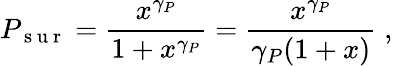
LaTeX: P_{\mathrm{~s~u~r~}}=\frac{x^{\gamma_{P}}}{1+x^{\gamma_{P}}}=\frac{x^{\gamma_{P}}}{\gamma_{P}(1+x)}\; ,